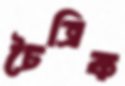
চৈত্রিক